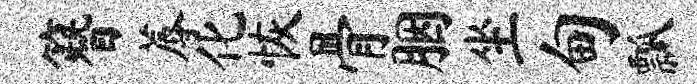
簪蓐化恢骨胭坐甸瓢